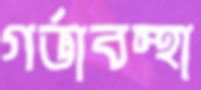
গর্ভাবস্থা